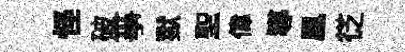
怪破亊獄聖偉導凰徔